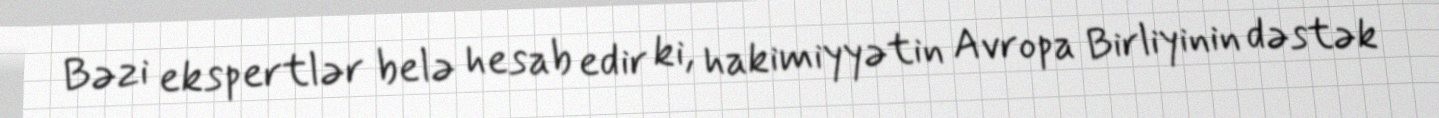
Bəzi ekspertlər belə hesab edir ki, hakimiyyətin Avropa Birliyinin dəstək